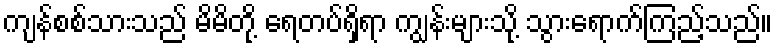
ကျန်စစ်သားသည် မိမိတို့ ရေတပ်ရှိရာ ကျွန်းများသို့ သွားရောက်ကြည့်သည်။